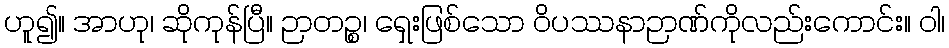
ဟူ၍။ အာဟု၊ ဆိုကုန်ပြီ။ ဉာတဉ္စ၊ ရှေးဖြစ်သော ဝိပဿနာဉာဏ်ကိုလည်းကောင်း။ ဝါ၊